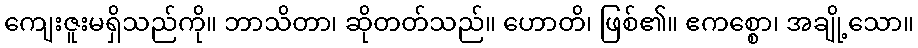
ကျေးဇူးမရှိသည်ကို။ ဘာသိတာ၊ ဆိုတတ်သည်။ ဟောတိ၊ ဖြစ်၏။ ဧကစ္စော၊ အချို့သော။